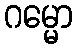
ဂမ္မော